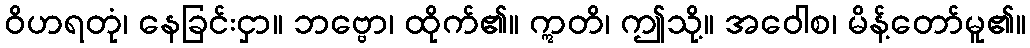
ဝိဟရတုံ၊ နေခြင်းငှာ။ ဘဗ္ဗော၊ ထိုက်၏။ ဣတိ၊ ဤသို့။ အဝေါစ၊ မိန့်တော်မူ၏။